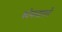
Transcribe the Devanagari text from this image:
कोमसापने